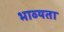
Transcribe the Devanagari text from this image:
भाव्‍यता